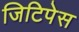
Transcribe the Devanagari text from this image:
जिटिपेस